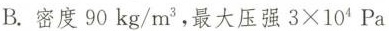
B.密度90kg/m^{3}，最大压强3×104Pa